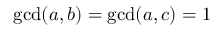
\operatorname* { g c d } ( a , b ) = \operatorname* { g c d } ( a , c ) = 1